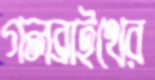
গলব্রাইথের